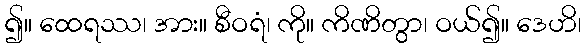
၍။ ထေရဿ၊ အား။ စီဝရံ၊ ကို။ ကိဏိတွာ၊ ဝယ်၍။ ဒေဟိ၊